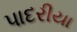
પાદરીયા